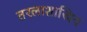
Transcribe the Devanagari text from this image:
तरलाशास्त्रिय